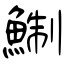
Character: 鯯